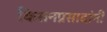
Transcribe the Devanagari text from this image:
किसनप्रसादांनी